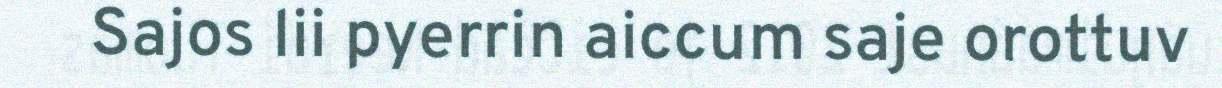
Sajos lii pyerrin aiccum saje orottuv